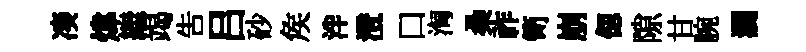
凑煒繼竭告吕砂矦泮澄口淘桑祚笥崩偲隙甘腕濶